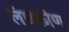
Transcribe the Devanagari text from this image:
लंघकोण